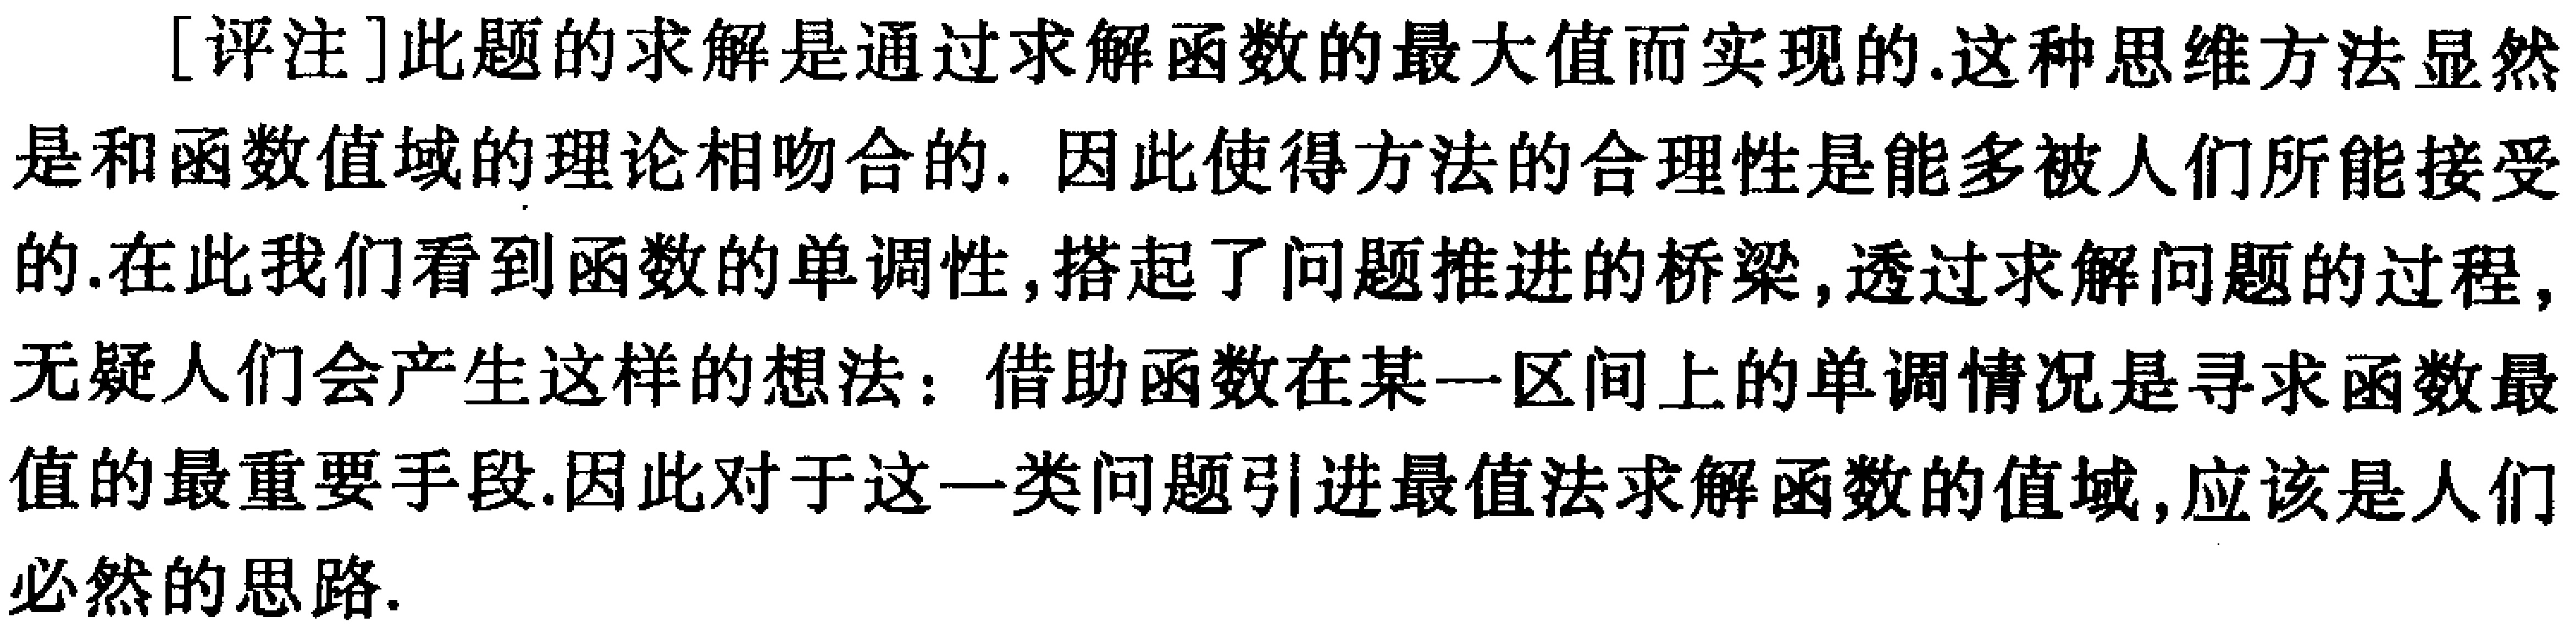
[评注]此题的求解是通过求解函数的最大值而实现的.这种思维方法显然是和函数值域的理论相吻合的. 因此使得方法的合理性是能多被人们所能接受的.在此我们看到函数的单调性,搭起了问题推进的桥梁,透过求解问题的过程,无疑人们会产生这样的想法：借助函数在某一区间上的单调情况是寻求函数最值的最重要手段.因此对于这一类问题引进最值法求解函数的值域,应该是人们必然的思路.